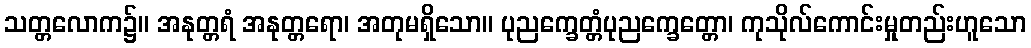
သတ္တလောက၌။ အနုတ္တရံ အနုတ္တရော၊ အတုမရှိသော။ ပုညက္ခေတ္တံပုညက္ခေတ္တော၊ ကုသိုလ်ကောင်းမှုတည်းဟူသော